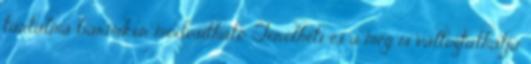
tartalma bármikor módosítható. Törölheti és a meg is változtathatja